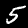
Digit: 5